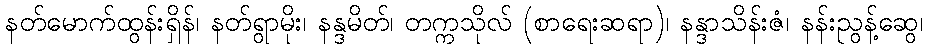
နတ်မောက်ထွန်းရှိန်၊ နတ်ရွာမိုး၊ နန္ဒမိတ်၊ တက္ကသိုလ် (စာရေးဆရာ)၊ နန္ဒာသိန်းဇံ၊ နန်းညွန့်ဆွေ၊